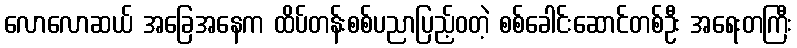
လောလောဆယ် အခြေအနေက ထိပ်တန်းစစ်ပညာပြည့်ဝတဲ့ စစ်ခေါင်းဆောင်တစ်ဦး အရေးတကြီး